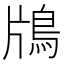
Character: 𬷃